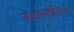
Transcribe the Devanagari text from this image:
साइनसाईटियल